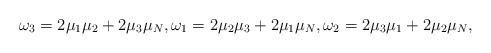
LaTeX: \begin{align*} \omega_3=2\mu_1\mu_2+2\mu_3\mu_N,\omega_1=2\mu_2\mu_3+2\mu_1\mu_N,\omega_2=2\mu_3\mu_1+2\mu_2\mu_N,\end{align*}